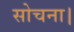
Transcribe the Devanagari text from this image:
सोचना।